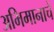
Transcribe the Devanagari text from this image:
अभिमानाचें